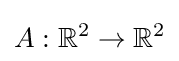
A:\mathbb {R} ^{2}\to \mathbb {R} ^{2}